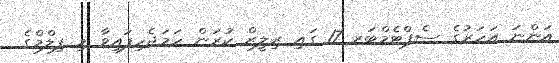
އަންނަ އަހަރުގެ ސެޕްޓެމްބަރ 17 ގައި ރިލީޒް ކުރަން ހަމަޖެހިފައިވާ މި ފިލްމްގެ